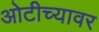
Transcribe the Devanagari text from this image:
ओटीच्यावर